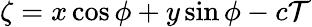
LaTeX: \zeta=x\cos\phi+y\sin\phi-c\mathcal{T}